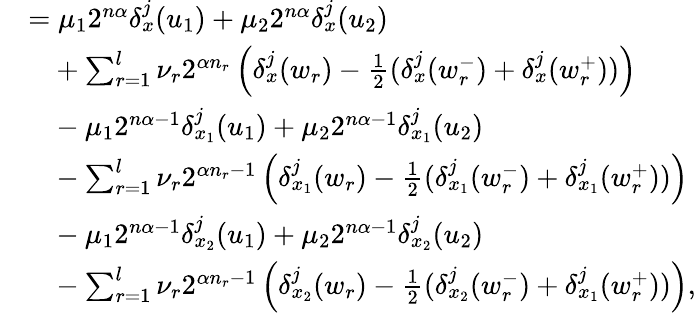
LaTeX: \begin{array}{rl}&{=\mu_{1}2^{n\alpha}\delta_{x}^{j}(u_{1})+\mu_{2}2^{n\alpha}\delta_{x}^{j}(u_{2})}\\ &{\phantom{=}+\sum_{r=1}^{l}\nu_{r}2^{\alpha n_{r}}\left(\delta_{x}^{j}(w_{r})-\frac 12(\delta_{x}^{j}(w_{r}^{-})+\delta_{x}^{j}(w_{r}^{+}))\right)}\\ &{\phantom{=}-\mu_{1}2^{n\alpha-1}\delta_{x_{1}}^{j}(u_{1})+\mu_{2}2^{n\alpha-1}\delta_{x_{1}}^{j}(u_{2})}\\ &{\phantom{=}-\sum_{r=1}^{l}\nu_{r}2^{\alpha n_{r}-1}\left(\delta_{x_{1}}^{j}(w_{r})-\frac 12(\delta_{x_{1}}^{j}(w_{r}^{-})+\delta_{x_{1}}^{j}(w_{r}^{+}))\right)}\\ &{\phantom{=}-\mu_{1}2^{n\alpha-1}\delta_{x_{2}}^{j}(u_{1})+\mu_{2}2^{n\alpha-1}\delta_{x_{2}}^{j}(u_{2})}\\ &{\phantom{=}-\sum_{r=1}^{l}\nu_{r}2^{\alpha n_{r}-1}\left(\delta_{x_{2}}^{j}(w_{r})-\frac 12(\delta_{x_{2}}^{j}(w_{r}^{-})+\delta_{x_{1}}^{j}(w_{r}^{+}))\right)\mathrm{,}}\end{array}